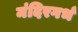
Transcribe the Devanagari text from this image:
मंदिरगर्भ